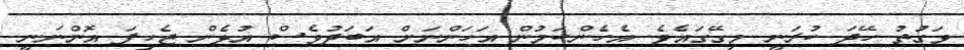
ވަގުތު ހޭދަ ކުރަނީ މިގޭގައެވެ. އެހެންކަމުން އަހަންނަށް އަބަދުވެސް އުޅެން ޖެހިފަ އޮންނަނީ